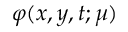
\varphi ( x , y , t ; \mu )